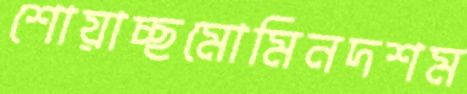
শোয়াচ্ছমোমিনদশম